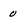
Character: 0